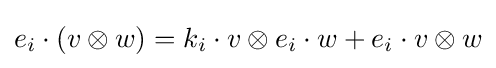
e_{i}\cdot (v\otimes w)=k_{i}\cdot v\otimes e_{i}\cdot w+e_{i}\cdot v\otimes w